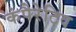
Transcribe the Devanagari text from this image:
कंपैरेटिव